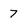
Character: 7